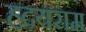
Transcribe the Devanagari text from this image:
ह्दयराम